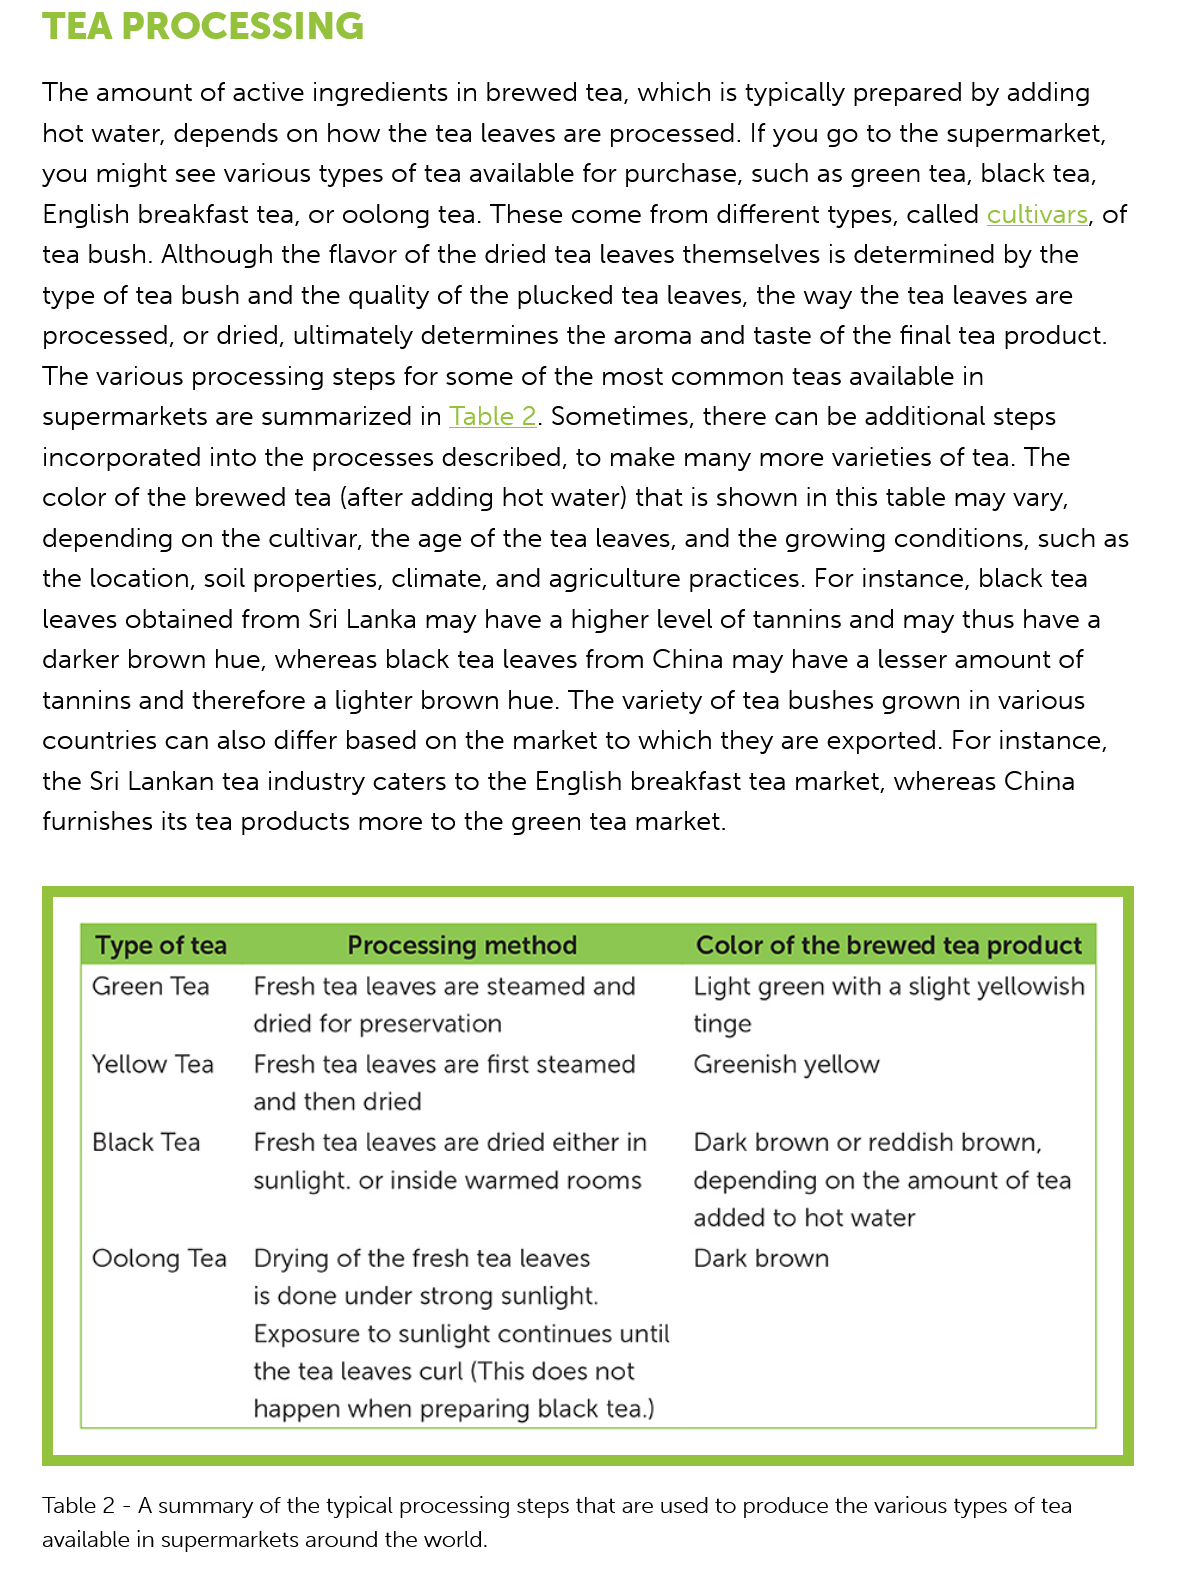
TEA   PROCESSING
    The amount of active ingredients in brewed tea, which is typically prepared by adding
    hot water, depends on how the tea leaves are processed. If you go to the supermarket,
    you might see various types of tea available for purchase, such as green tea, black tea,
    English breakfast tea, or oolong tea. These come from different types, called cultivars, of
    tea bush. Although the flavor of the dried tea leaves themselves is determined by the
    type of tea bush and the quality of the plucked tea leaves, the way the tea leaves are
    processed, or dried, ultimately determines the aroma and taste of the final tea product.
    The various processing steps for some of the most common teas available in
    supermarkets are summarized in Table 2. Sometimes, there can be additional steps
    incorporated into the processes described, to make many more varieties of tea. The
    color of the brewed tea (after adding hot water) that is shown in this table may vary,
    depending on the cultivar, the age of the tea leaves, and the growing conditions, such as
    the location, soil properties, climate, and agriculture practices. For instance, black tea
    leaves obtained from Sri Lanka may have a higher level of tannins and may thus have a
    darker brown hue, whereas black tea leaves from China may have a lesser amount of
    tannins and therefore a lighter brown hue. The variety of tea bushes grown in various
    countries can also differ based on the market to which they are exported. For instance,
    the Sri Lankan tea industry caters to the English breakfast tea market, whereas China
    furnishes its tea products more to the green tea market.
    Table 2
     -
     A summary of the typical processing steps that are used to produce the various types of tea
    available in supermarkets around the world.
     Type of tea
     Green Tea
     Yellow Tea
     Black Tea
     Oolong Tea
     Processing method
     Fresh tea leaves are steamed and
     dried for preservation
     Fresh tea leaves are first steamed
     and then dried
     Fresh tea leaves are dried either in
     sunlight. or inside warmed rooms
     Drying of the fresh tea leaves
     is done under strong sunlight.
     Exposure to sunlight continues until
     the tea leaves curl (This does not
     happen when preparing black tea.)
     Dark brown
     Dark brown or reddish brown,
     depending on the amount of tea
     added to hot water
     Greenish yellow
     Light green with a slight yellowish
     tinge
     Color of the brewed tea product